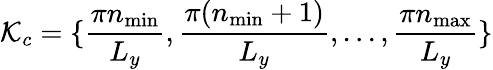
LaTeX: \mathcal{K}_{c}=\{ \frac{\pi n_{\mathrm{min}}}{L_{y}},\frac{\pi(n_{\mathrm{min}}+1)}{L_{y}},...,\frac{\pi n_{\mathrm{max}}}{L_{y}}\}